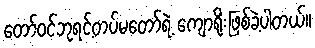
တော်ဝင်ဘုရင့်တပ်မတော်ရဲ့ ကျောရိုးဖြစ်ခဲ့ပါတယ်။